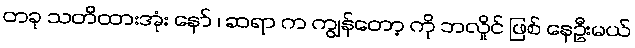
တခု သတိထားအုံး နော် ၊ ဆရာ က ကျွန်တော့ ကို ဘလှိုင် ဖြစ် နေဦးမယ်